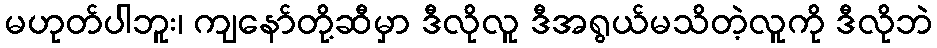
မဟုတ်ပါဘူး၊ ကျနော်တို့ဆီမှာ ဒီလိုလူ ဒီအရွယ်မသိတဲ့လူကို ဒီလိုဘဲ